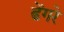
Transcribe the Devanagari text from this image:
ढेंगरे